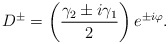
\begin{align*}D^{\pm }=\left( \frac{\gamma _{2}\pm i\gamma _{1}}{2}\right) e^{\pm i\varphi}.\end{align*}